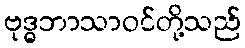
ဗုဒ္ဓဘာသာဝင်တို့သည်